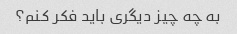
به چه چیز دیگری باید فکر کنم؟